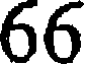
66